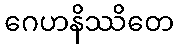
ဂေဟနိဿိတေ